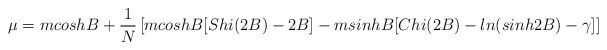
\begin{align*}\mu = m cosh B + \frac{1}{N}\left[m cosh B[Shi(2B) - 2B] - m sinh B[Chi(2B) - ln(sinh 2B) - \gamma]\right]\end{align*}